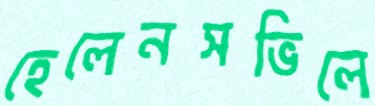
হেলেনসভিলে